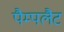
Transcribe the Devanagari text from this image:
पैम्पलैट